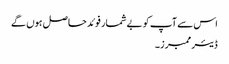
اس سے آپ کو بے شمار فوئد حاصل ہوں گے
ڈیئر ممبرز۔